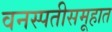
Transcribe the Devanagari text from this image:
वनस्पतीसमूहात